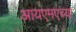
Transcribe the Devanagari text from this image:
आयएमएच्या